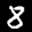
Label: 8